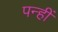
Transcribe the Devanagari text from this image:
पन्हीं